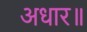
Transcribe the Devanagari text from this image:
अधार॥